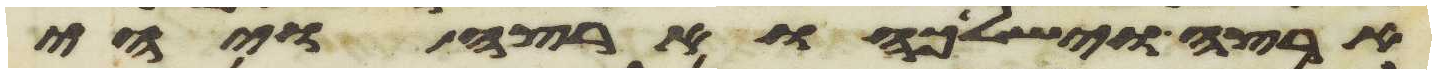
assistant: ארצה וישלכהו ארצה ויהי